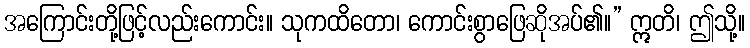
အကြောင်းတို့ဖြင့်လည်းကောင်း။ သုကထိတော၊ ကောင်းစွာဖြေဆိုအပ်၏။” ဣတိ၊ ဤသို့။